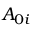
A _ { 0 i }